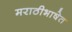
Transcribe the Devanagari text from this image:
मराठीभाषेत